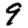
Digit: 9